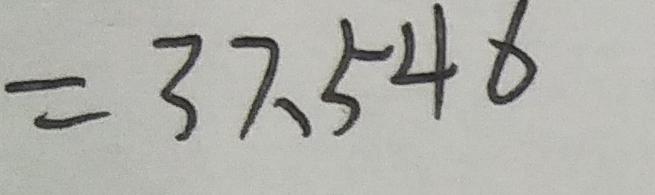
= 3 7 . 5 4 6